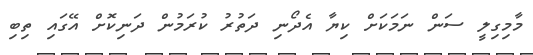
މާމިގިލީ ސަން ނަމަކަށް ކިޔާ އެދޯނި ދަތުރު ކުރަމުން ދަނިކޮށް އޭގައި ތިބި